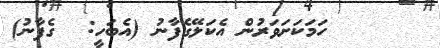
١٣     ހަމަކަށަވަރުން އެކަލޭގެފާނު (އެބަހީ:  ގެފާނު)